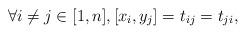
LaTeX: \begin{align*}\forall i\neq j\in[1,n],[x_i,y_j]=t_{ij}=t_{ji}, \end{align*}